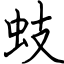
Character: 蚑